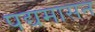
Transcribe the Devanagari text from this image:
पद्यमासन